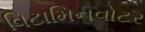
વિટામિનવોટર